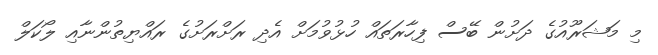
މި މަޝަރޫއުގެ ދަށުން ބޭސް ފިހާރަތައް ހުޅުވުމަށް އެދި ރަށްރަށުގެ ރައްޔިތުންނާއި ލޯކަލް